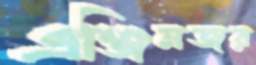
এঞ্জিনজর